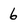
Character: 6